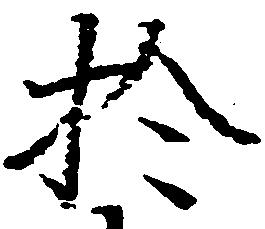
於